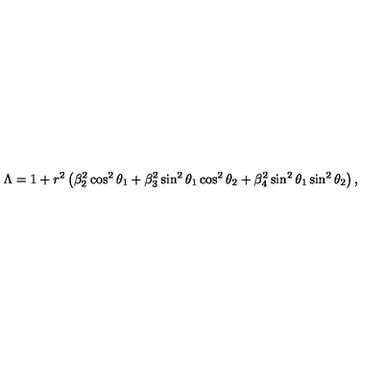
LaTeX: \Lambda = 1 + r ^ { 2 } \left( \beta _ { 2 } ^ { 2 } \cos ^ { 2 } \theta _ { 1 } + \beta _ { 3 } ^ { 2 } \sin ^ { 2 } \theta _ { 1 } \cos ^ { 2 } \theta _ { 2 } + \beta _ { 4 } ^ { 2 } \sin ^ { 2 } \theta _ { 1 } \sin ^ { 2 } \theta _ { 2 } \right) ,